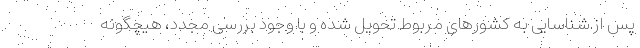
پس از شناسايی به كشورهای مربوط تحويل شده و با وجود بررسی مجدد، هيچگونه